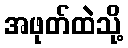
အဖုတ်ထဲသို့